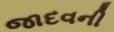
જાદવની